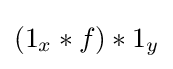
(1_{x}*f)*1_{y}